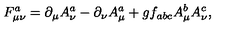
F _ { \mu \nu } ^ { a } = \partial _ { \mu } A _ { \nu } ^ { a } - \partial _ { \nu } A _ { \mu } ^ { a } + g f _ { a b c } A _ { \mu } ^ { b } A _ { \nu } ^ { c } ,